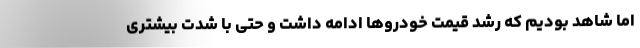
اما شاهد بودیم که رشد قیمت خودروها ادامه داشت و حتی با شدت بیشتری